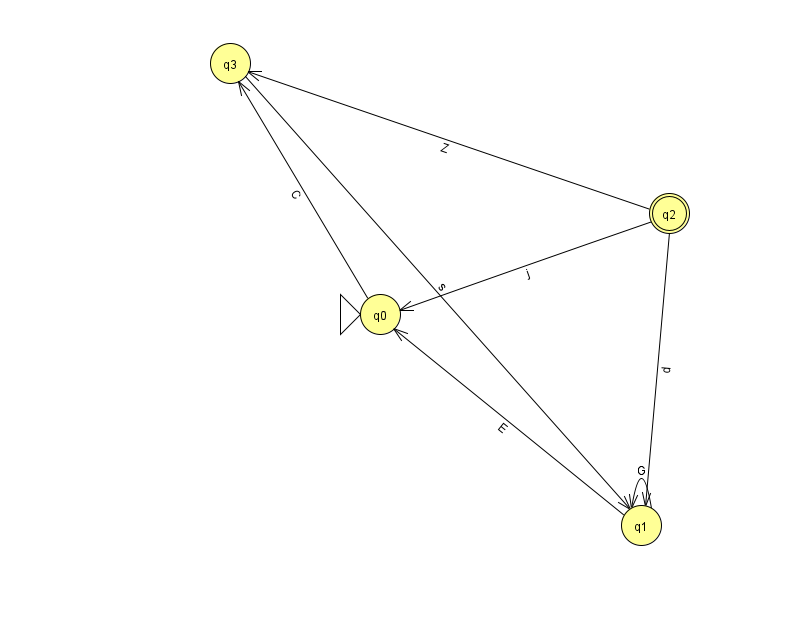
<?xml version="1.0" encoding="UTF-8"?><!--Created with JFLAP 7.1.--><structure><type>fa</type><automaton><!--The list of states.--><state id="0" name="q0"><x>380.0</x><y>301.0</y><initial/></state><state id="1" name="q1"><x>641.0</x><y>512.0</y></state><state id="2" name="q2"><x>669.0</x><y>200.0</y><final/></state><state id="3" name="q3"><x>230.0</x><y>50.0</y></state><!--The list of transitions.--><transition><from>0</from><to>3</to><read>C</read></transition><transition><from>1</from><to>1</to><read>G</read></transition><transition><from>2</from><to>1</to><read>d</read></transition><transition><from>3</from><to>1</to><read>s</read></transition><transition><from>1</from><to>0</to><read>E</read></transition><transition><from>2</from><to>0</to><read>j</read></transition><transition><from>2</from><to>3</to><read>Z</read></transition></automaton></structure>